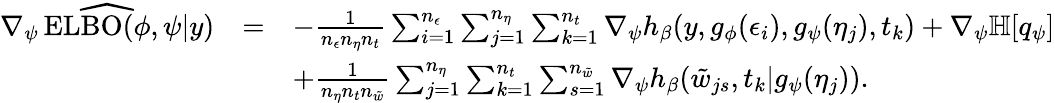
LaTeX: \begin{array}{ccl}{\widehat{\nabla_{\psi}\operatorname{ELBO}(\phi,\psi|y)}}&{=}&{-\frac{1}{n_{\epsilon}n_{\eta}n_{t}}\sum_{i=1}^{n_{\epsilon}}\sum_{j=1}^{n_{\eta}}\sum_{k=1}^{n_{t}}\nabla_{\psi}h_{\beta}(y,g_{\phi}(\epsilon_{i}),g_{\psi}(\eta_{j}),t_{k})+\nabla_{\psi}\mathbb{H}[q_{\psi}]}\\ &&{+\frac{1}{n_{\eta}n_{t}n_{\tilde{w}}}\sum_{j=1}^{n_{\eta}}\sum_{k=1}^{n_{t}}\sum_{s=1}^{n_{\tilde{w}}}\nabla_{\psi}h_{\beta}(\tilde{w}_{js},t_{k}|g_{\psi}(\eta_{j})).}\end{array}